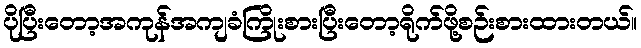
ပိုပြီးတော့အကုန်အကျခံကြိုးစားပြီးတော့ရိုက်ဖို့စဉ်းစားထားတယ်။